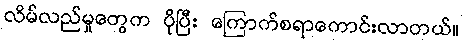
လိမ်လည်မှုတွေက ပိုပြီး ကြောက်စရာကောင်းလာတယ်။